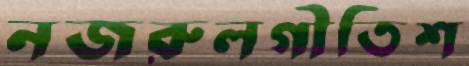
নজরুলগীতিশ